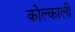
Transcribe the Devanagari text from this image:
कोल्काली